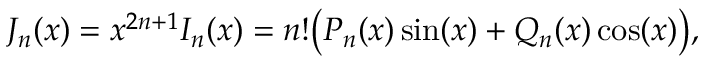
J _ { n } ( x ) = x ^ { 2 n + 1 } I _ { n } ( x ) = n ! { \bigl ( } P _ { n } ( x ) \sin ( x ) + Q _ { n } ( x ) \cos ( x ) { \bigr ) } ,